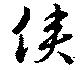
僕